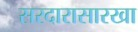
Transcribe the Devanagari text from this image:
सरदारासारखा